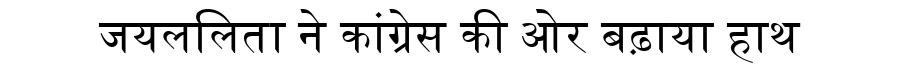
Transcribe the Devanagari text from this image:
जयललिता ने कांग्रेस की ओर बढ़ाया हाथ